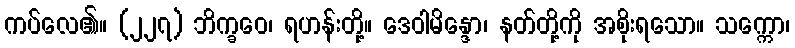
ကပ်လေ၏။ (၂၂၇) ဘိက္ခဝေ၊ ရဟန်းတို့။ ဒေဝါမိန္ဒော၊ နတ်တို့ကို အစိုးရသော။ သက္ကော၊